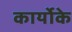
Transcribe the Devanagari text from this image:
कार्योके